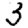
Digit: 3